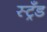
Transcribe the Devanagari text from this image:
स्ट्रँड